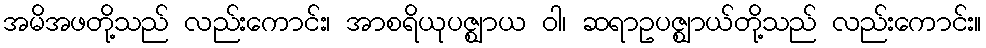
အမိအဖတို့သည် လည်းကောင်း၊ အာစရိယုပဇ္ဈာယ ဝါ၊ ဆရာဥပဇ္ဈာယ်တို့သည် လည်းကောင်း။